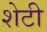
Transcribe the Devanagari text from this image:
शेटी